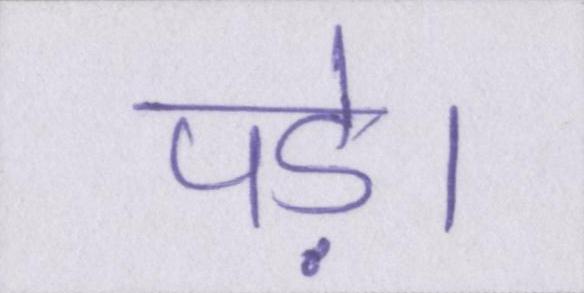
पड़े।